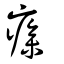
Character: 瘮